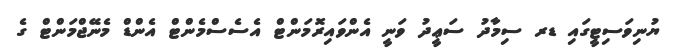
ޔުނިވަސިޓީގައި ޑރ ސިމާދު ސަޢީދު ވަނީ އެންވައިރޮމަންޓް އެސެސްމެންޓް އެންޑް މެނޭޖްމަންޓް ގެ